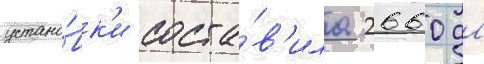
устано́вк'и соста́в'ила 2660 дл